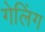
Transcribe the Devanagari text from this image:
गेलिंग